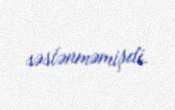
səslənməmişdi.